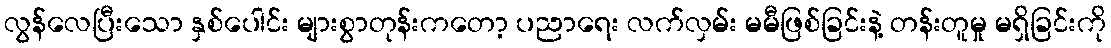
လွန်လေပြီးသော နှစ်ပေါင်း များစွာတုန်းကတော့ ပညာရေး လက်လှမ်း မမီဖြစ်ခြင်းနဲ့ တန်းတူမှု မရှိခြင်းကို